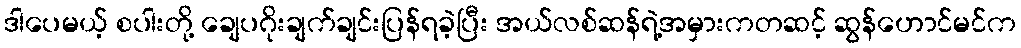
ဒါပေမယ့် စပါးတို့ ချေပဂိုးချက်ချင်းပြန်ရခဲ့ပြီး အယ်လစ်ဆန်ရဲ့အမှားကတဆင့် ဆွန်ဟောင်မင်က